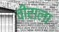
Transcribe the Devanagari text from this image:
वीराला